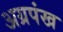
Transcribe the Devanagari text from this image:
अग्रपंख